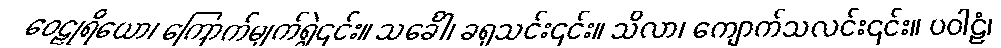
ဝေဠုရိယော၊ ကြောက်မျက်ရွဲ၎င်း။ သင်္ခေါ၊ ခရုသင်း၎င်း။ သိလာ၊ ကျောက်သလင်း၎င်း။ ပဝါဠံ၊